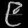
Digit: ၉